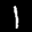
Label: 1